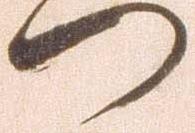
へ